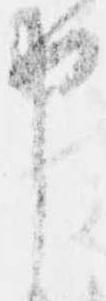
申